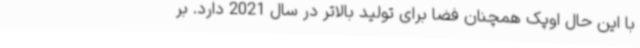
با این حال اوپک همچنان فضا برای تولید بالاتر در سال 2021 دارد. بر